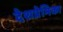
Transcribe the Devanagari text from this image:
देशप्रेमिका